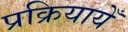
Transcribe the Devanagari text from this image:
प्रक्रियायेँ